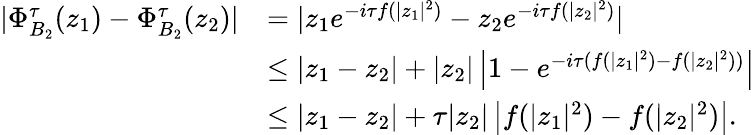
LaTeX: \begin{array}{rl}{|\Phi_{B_{2}}^{\tau}(z_{1})-\Phi_{B_{2}}^{\tau}(z_{2})|}&{=|z_{1}e^{-i\tau f(|z_{1}|^{2})}-z_{2}e^{-i\tau f(|z_{2}|^{2})}|}\\ &{\leq|z_{1}-z_{2}|+|z_{2}|\left|1-e^{-i\tau(f(|z_{1}|^{2})-f(|z_{2}|^{2}))}\right|}\\ &{\leq|z_{1}-z_{2}|+\tau|z_{2}|\left|f(|z_{1}|^{2})-f(|z_{2}|^{2})\right|.}\end{array}